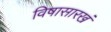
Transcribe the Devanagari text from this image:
विषासारखं